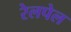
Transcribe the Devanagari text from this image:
रेलपेल